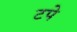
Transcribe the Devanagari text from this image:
टपे